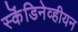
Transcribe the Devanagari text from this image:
स्कॆंडिनेव्हीयन